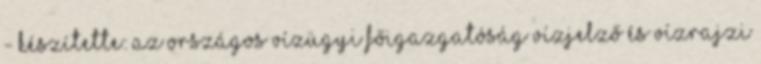
- Készítette: az Országos Vízügyi Főigazgatóság Vízjelző és Vízrajzi